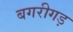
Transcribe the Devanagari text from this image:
बगरीगड़